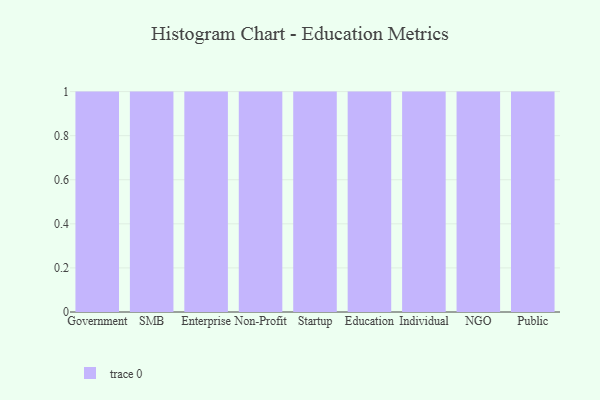
{"axis": {"x": "Segment", "y": "Budget (USD K)"}, "legend": [""], "data": [{"x": "Government", "y": 18, "type": ""}, {"x": "SMB", "y": 45, "type": ""}, {"x": "Enterprise", "y": 73, "type": ""}, {"x": "Non-Profit", "y": 95, "type": ""}, {"x": "Startup", "y": 55, "type": ""}, {"x": "Education", "y": 58, "type": ""}, {"x": "Individual", "y": 51, "type": ""}, {"x": "NGO", "y": 67, "type": ""}, {"x": "Public", "y": 12, "type": ""}]}